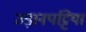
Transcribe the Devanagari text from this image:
उड़ानपट्टियां